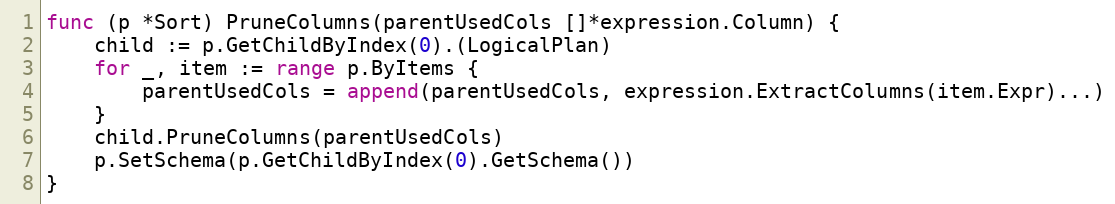
Language: Go
func (p *Sort) PruneColumns(parentUsedCols []*expression.Column) {
	child := p.GetChildByIndex(0).(LogicalPlan)
	for _, item := range p.ByItems {
		parentUsedCols = append(parentUsedCols, expression.ExtractColumns(item.Expr)...)
	}
	child.PruneColumns(parentUsedCols)
	p.SetSchema(p.GetChildByIndex(0).GetSchema())
}